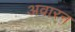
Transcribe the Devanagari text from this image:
अवारन